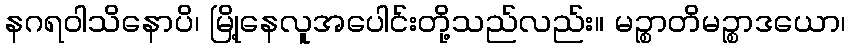
နဂရဝါသိနောပိ၊ မြို့နေလူအပေါင်းတို့သည်လည်း။ မဉ္စာတိမဉ္စာဒယော၊